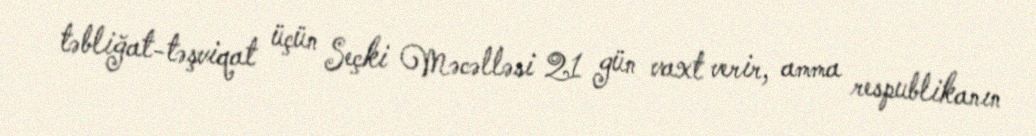
təbliğat-təşviqat üçün Seçki Məcəlləsi 21 gün vaxt verir, amma respublikanın